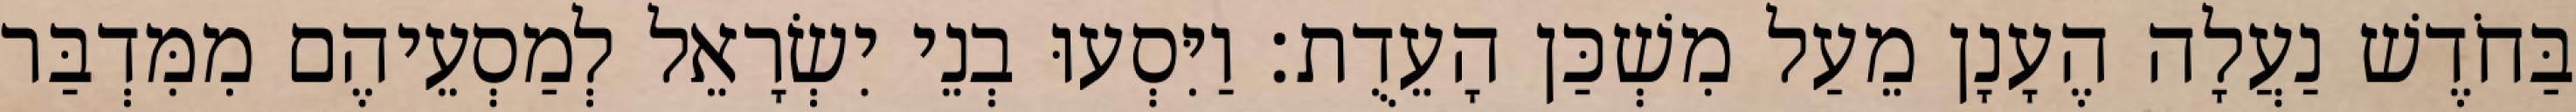
בַּחֹדֶשׁ נַעֲלָה הֶעָנָן מֵעַל מִשְׁכַּן הָעֵדֻת׃ וַיִּסְעוּ בְנֵי יִשְׂרָאֵל לְמַסְעֵיהֶם מִמִּדְבַּר